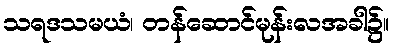
သရဒသမယံ၊ တန်ဆောင်မုန်းလအခါ၌။